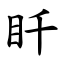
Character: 䀒